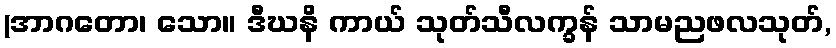
(အာဂတော၊ သော။ ဒီဃနိ ကာယ် သုတ်သီလက္ခန် သာမညဖလသုတ်,